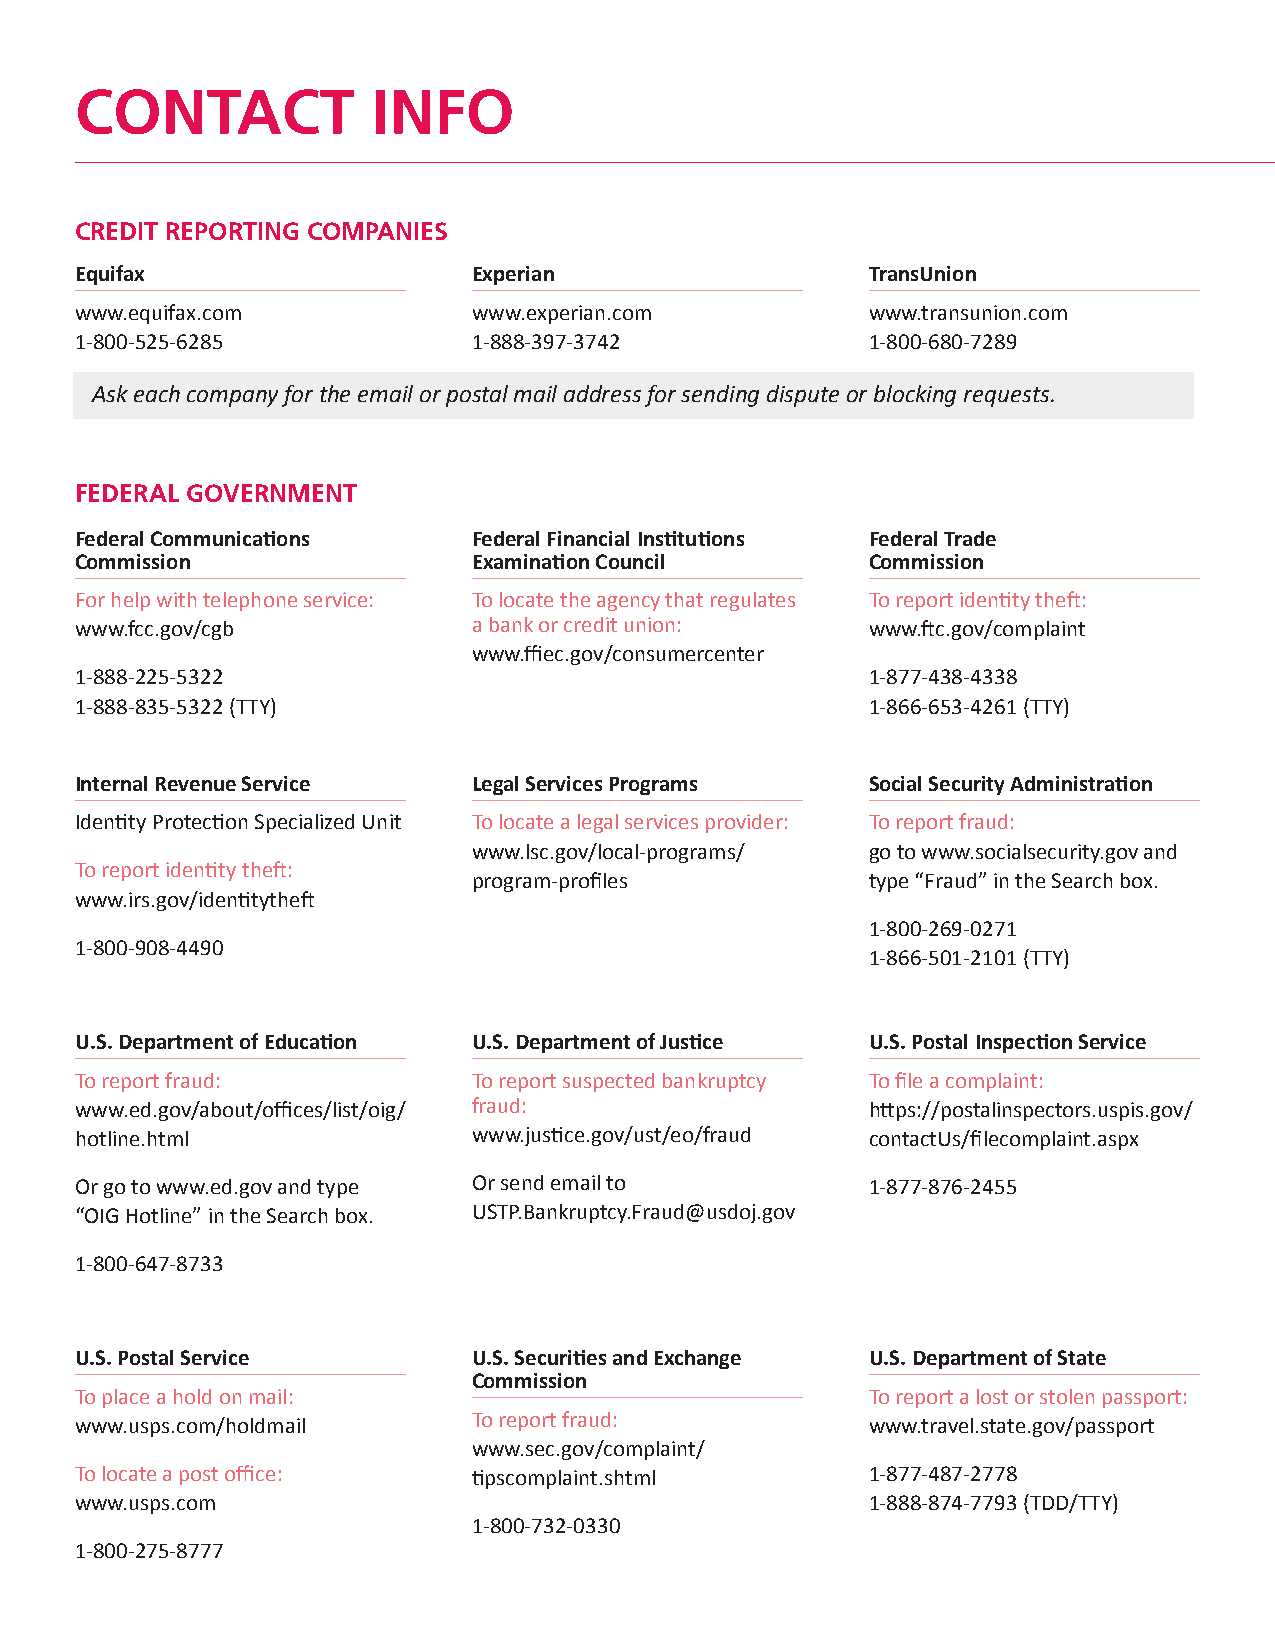
CONTACT             INFO
 CREDIT REPORTING COMPANIES
 Equifax                   Experian                   TransUnion
 www.equifax.com           www.experian.com           www.transunion.com
 1-800-525-6285            1-888-397-3742             1-800-680-7289
 Ask each company for the email or postal mail address for sending dispute or blocking requests.
 FEDERAL GOVERNMENT
 Federal Communications    Federal Financial Institutions Federal Trade
 Commission                Examination Council        Commission
 For help with telephone service: To locate the agency that regulates To report identity theft:
 www.fcc.gov/cgb           a bank or credit union:    www.ftc.gov/complaint
 www.ffiec.gov/consumercenter
 1-888-225-5322                                       1-877-438-4338
 1-888-835-5322 (TTY)                                 1-866-653-4261 (TTY)
 Internal Revenue Service  Legal Services Programs    Social Security Administration
 Identity Protection Specialized Unit To locate a legal services provider: To report fraud:
 www.lsc.gov/local-programs/ go to www.socialsecurity.gov and
 To report identity theft:
 program-profiles           type “Fraud” in the Search box.
 www.irs.gov/identitytheft
 1-800-269-0271
 1-800-908-4490
 1-866-501-2101 (TTY)
 U.S. Department of Education U.S. Department of Justice U.S. Postal Inspection Service
 To report fraud:          To report suspected bankruptcy To file a complaint:
 www.ed.gov/about/offices/list/oig/ fraud:            https://postalinspectors.uspis.gov/
 hotline.html              www.justice.gov/ust/eo/fraud contactUs/filecomplaint.aspx
 Or go to www.ed.gov and type Or send email to        1-877-876-2455
 “OIG Hotline” in the Search box. USTP.Bankruptcy.Fraud@usdoj.gov
 1-800-647-8733
 U.S. Postal Service       U.S. Securities and Exchange U.S. Department of State
 Commission
 To place a hold on mail:                             To report a lost or stolen passport:
 To report fraud:
 www.usps.com/holdmail                                www.travel.state.gov/passport
 www.sec.gov/complaint/
 To locate a post office:  tipscomplaint.shtml        1-877-487-2778
 www.usps.com                                         1-888-874-7793 (TDD/TTY)
 1-800-732-0330
 1-800-275-8777